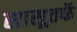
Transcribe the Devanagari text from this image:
सासूतर्फे